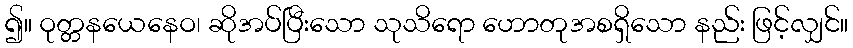
၍။ ဝုတ္တနယေနေဝ၊ ဆိုအပ်ပြီးသော သုသိရော ဟောတုအစရှိသော နည်း ဖြင့်လျှင်။